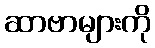
ဆာဗာများကို